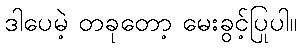
ဒါပေမဲ့ တခုတော့ မေးခွင့်ပြုပါ။